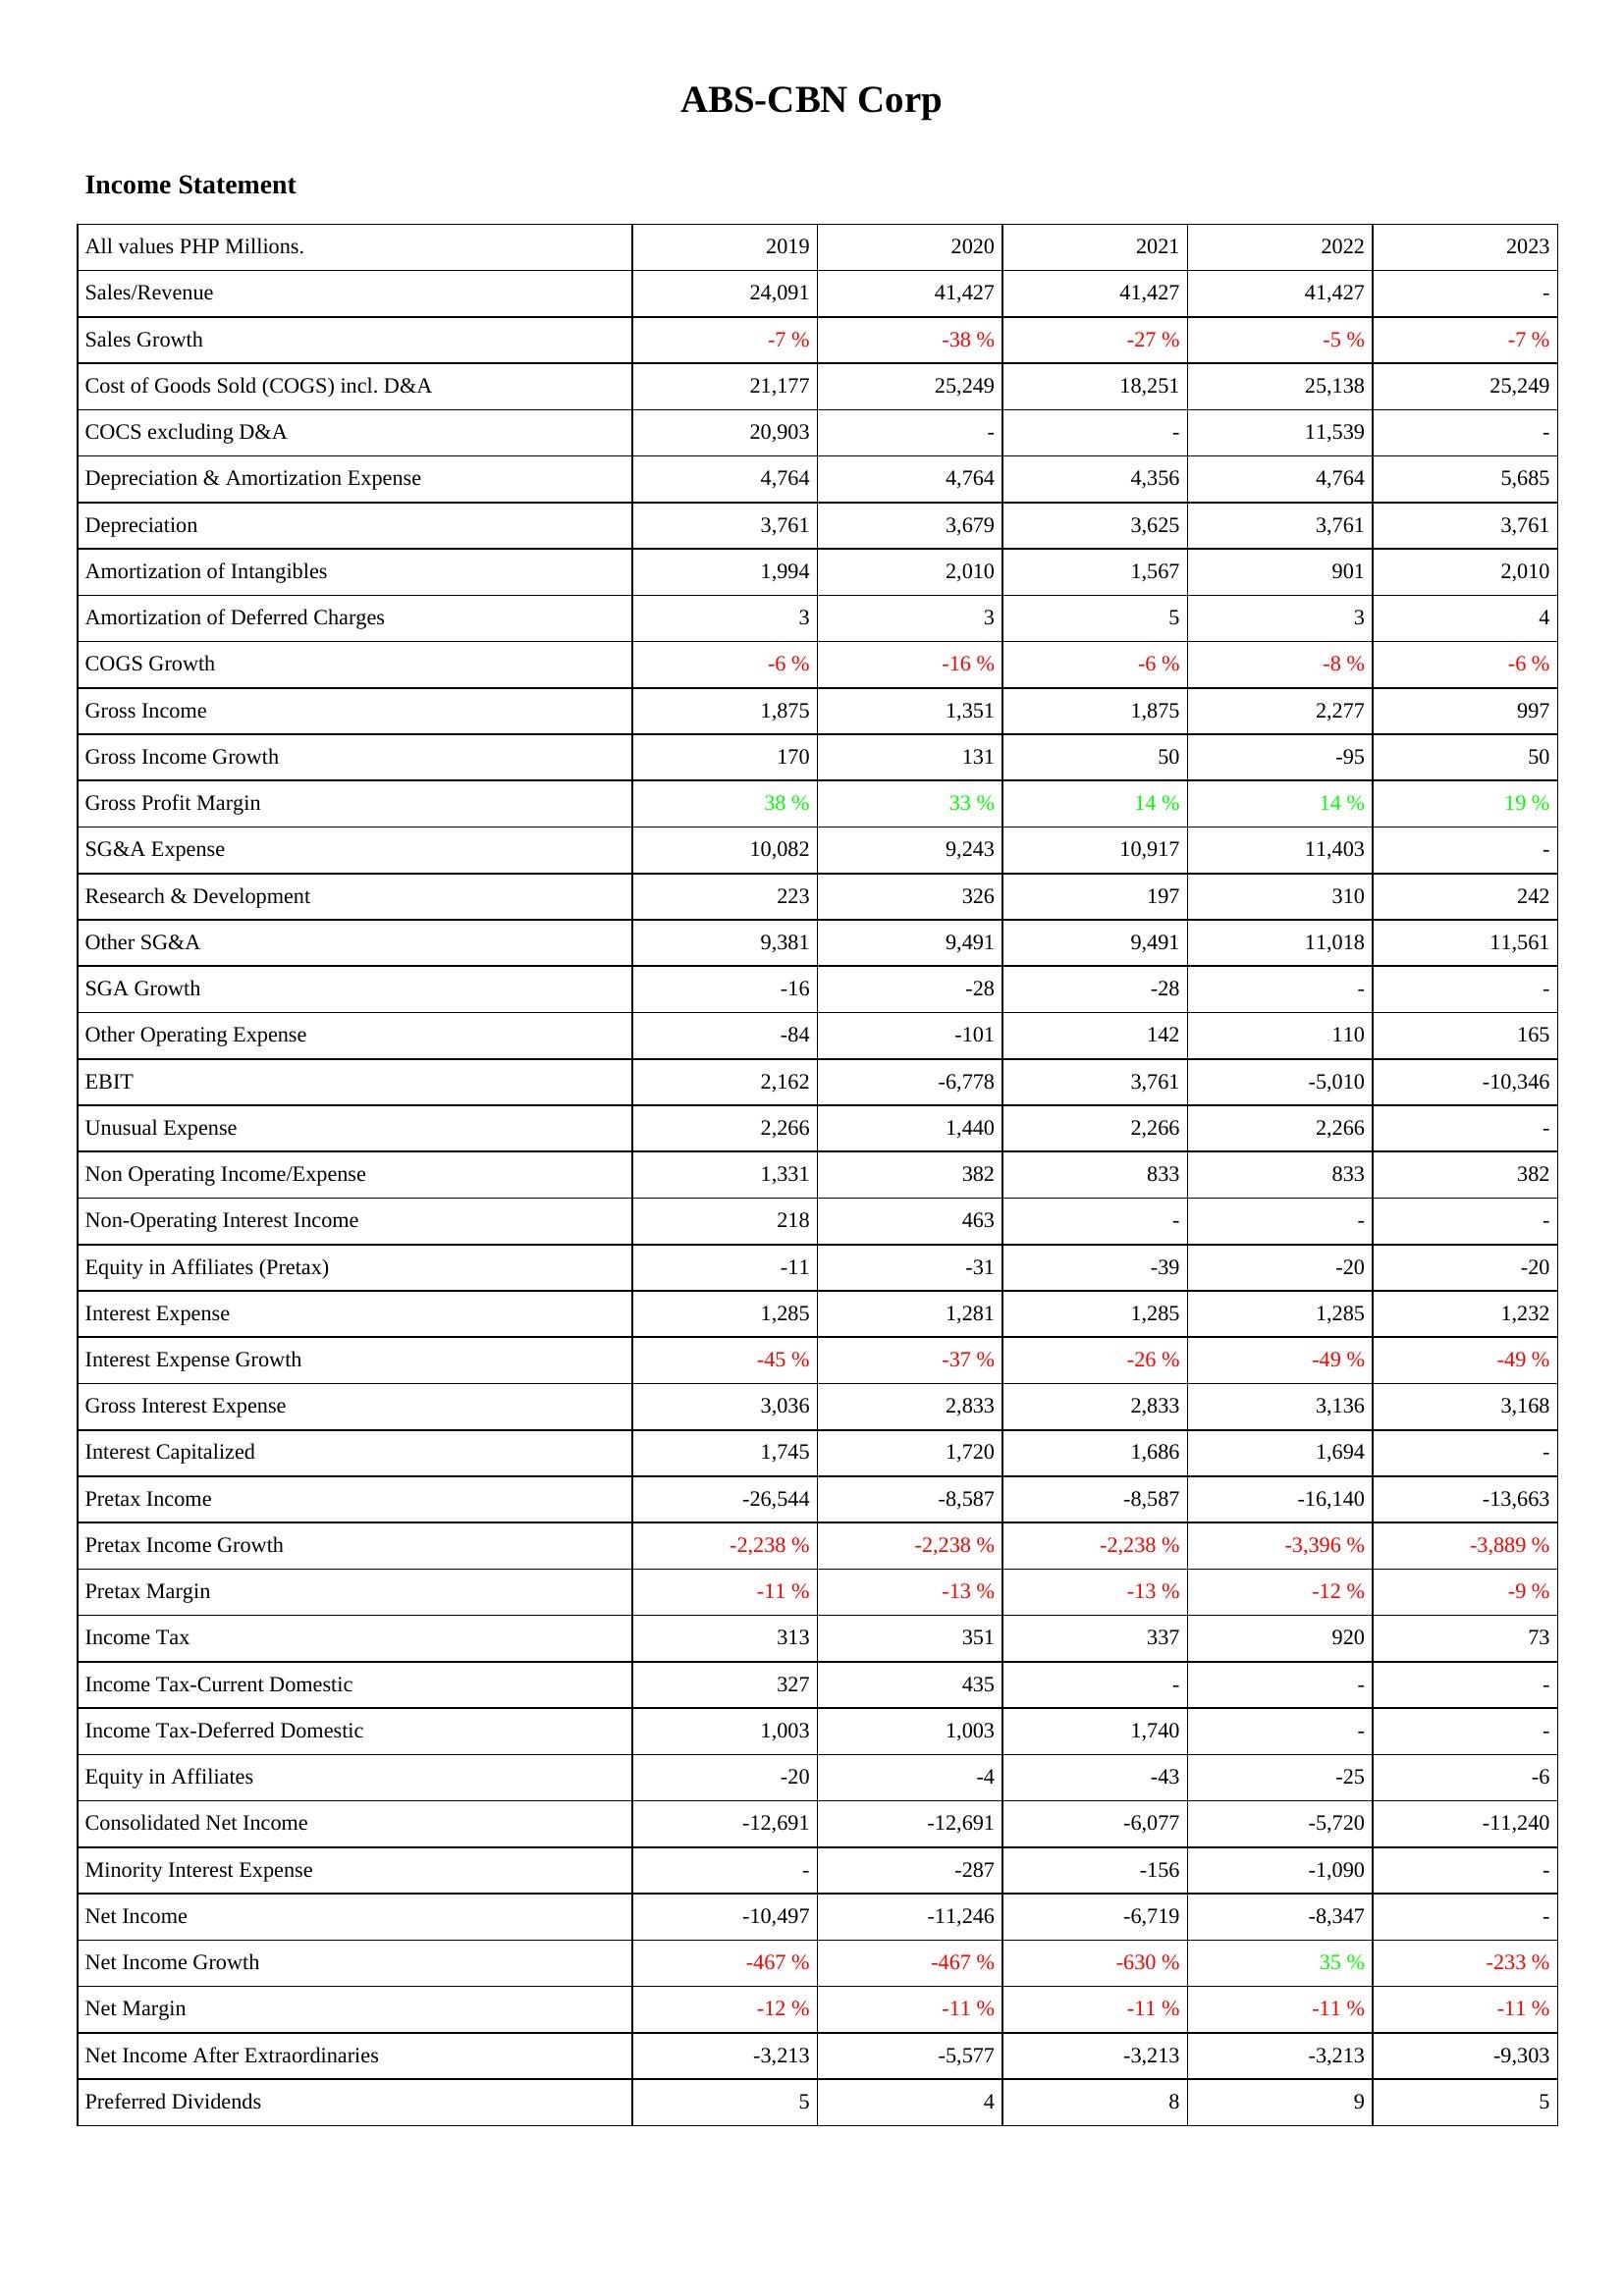
2019: Income Statement: Sales/Revenue: 24,091
Sales Growth: -7 %
Cost of Goods Sold (COGS) incl. D&A: 21,177
COCS excluding D&A: 20,903
Depreciation & Amortization Expense: 4,764
Depreciation: 3,761
Amortization of Intangibles: 1,994
Amortization of Deferred Charges: 3
COGS Growth: -6 %
Gross Income: 1,875
Gross Income Growth: 170
Gross Profit Margin: 38 %
SG&A Expense: 10,082
Research & Development: 223
Other SG&A: 9,381
SGA Growth: -16
Other Operating Expense: -84
EBIT: 2,162
Unusual Expense: 2,266
Non Operating Income/Expense: 1,331
Non-Operating Interest Income: 218
Equity in Affiliates (Pretax): -11
Interest Expense: 1,285
Interest Expense Growth: -45 %
Gross Interest Expense: 3,036
Interest Capitalized: 1,745
Pretax Income: -26,544
Pretax Income Growth: -2,238 %
Pretax Margin: -11 %
Income Tax: 313
Income Tax-Current Domestic: 327
Income Tax-Deferred Domestic: 1,003
Equity in Affiliates: -20
Consolidated Net Income: -12,691
Minority Interest Expense: -
Net Income: -10,497
Net Income Growth: -467 %
Net Margin: -12 %
Net Income After Extraordinaries: -3,213
Preferred Dividends: 5
2020: Income Statement: Sales/Revenue: 41,427
Sales Growth: -38 %
Cost of Goods Sold (COGS) incl. D&A: 25,249
COCS excluding D&A: -
Depreciation & Amortization Expense: 4,764
Depreciation: 3,679
Amortization of Intangibles: 2,010
Amortization of Deferred Charges: 3
COGS Growth: -16 %
Gross Income: 1,351
Gross Income Growth: 131
Gross Profit Margin: 33 %
SG&A Expense: 9,243
Research & Development: 326
Other SG&A: 9,491
SGA Growth: -28
Other Operating Expense: -101
EBIT: -6,778
Unusual Expense: 1,440
Non Operating Income/Expense: 382
Non-Operating Interest Income: 463
Equity in Affiliates (Pretax): -31
Interest Expense: 1,281
Interest Expense Growth: -37 %
Gross Interest Expense: 2,833
Interest Capitalized: 1,720
Pretax Income: -8,587
Pretax Income Growth: -2,238 %
Pretax Margin: -13 %
Income Tax: 351
Income Tax-Current Domestic: 435
Income Tax-Deferred Domestic: 1,003
Equity in Affiliates: -4
Consolidated Net Income: -12,691
Minority Interest Expense: -287
Net Income: -11,246
Net Income Growth: -467 %
Net Margin: -11 %
Net Income After Extraordinaries: -5,577
Preferred Dividends: 4
2021: Income Statement: Sales/Revenue: 41,427
Sales Growth: -27 %
Cost of Goods Sold (COGS) incl. D&A: 18,251
COCS excluding D&A: -
Depreciation & Amortization Expense: 4,356
Depreciation: 3,625
Amortization of Intangibles: 1,567
Amortization of Deferred Charges: 5
COGS Growth: -6 %
Gross Income: 1,875
Gross Income Growth: 50
Gross Profit Margin: 14 %
SG&A Expense: 10,917
Research & Development: 197
Other SG&A: 9,491
SGA Growth: -28
Other Operating Expense: 142
EBIT: 3,761
Unusual Expense: 2,266
Non Operating Income/Expense: 833
Non-Operating Interest Income: -
Equity in Affiliates (Pretax): -39
Interest Expense: 1,285
Interest Expense Growth: -26 %
Gross Interest Expense: 2,833
Interest Capitalized: 1,686
Pretax Income: -8,587
Pretax Income Growth: -2,238 %
Pretax Margin: -13 %
Income Tax: 337
Income Tax-Current Domestic: -
Income Tax-Deferred Domestic: 1,740
Equity in Affiliates: -43
Consolidated Net Income: -6,077
Minority Interest Expense: -156
Net Income: -6,719
Net Income Growth: -630 %
Net Margin: -11 %
Net Income After Extraordinaries: -3,213
Preferred Dividends: 8
2022: Income Statement: Sales/Revenue: 41,427
Sales Growth: -5 %
Cost of Goods Sold (COGS) incl. D&A: 25,138
COCS excluding D&A: 11,539
Depreciation & Amortization Expense: 4,764
Depreciation: 3,761
Amortization of Intangibles: 901
Amortization of Deferred Charges: 3
COGS Growth: -8 %
Gross Income: 2,277
Gross Income Growth: -95
Gross Profit Margin: 14 %
SG&A Expense: 11,403
Research & Development: 310
Other SG&A: 11,018
SGA Growth: -
Other Operating Expense: 110
EBIT: -5,010
Unusual Expense: 2,266
Non Operating Income/Expense: 833
Non-Operating Interest Income: -
Equity in Affiliates (Pretax): -20
Interest Expense: 1,285
Interest Expense Growth: -49 %
Gross Interest Expense: 3,136
Interest Capitalized: 1,694
Pretax Income: -16,140
Pretax Income Growth: -3,396 %
Pretax Margin: -12 %
Income Tax: 920
Income Tax-Current Domestic: -
Income Tax-Deferred Domestic: -
Equity in Affiliates: -25
Consolidated Net Income: -5,720
Minority Interest Expense: -1,090
Net Income: -8,347
Net Income Growth: 35 %
Net Margin: -11 %
Net Income After Extraordinaries: -3,213
Preferred Dividends: 9
2023: Income Statement: Sales/Revenue: -
Sales Growth: -7 %
Cost of Goods Sold (COGS) incl. D&A: 25,249
COCS excluding D&A: -
Depreciation & Amortization Expense: 5,685
Depreciation: 3,761
Amortization of Intangibles: 2,010
Amortization of Deferred Charges: 4
COGS Growth: -6 %
Gross Income: 997
Gross Income Growth: 50
Gross Profit Margin: 19 %
SG&A Expense: -
Research & Development: 242
Other SG&A: 11,561
SGA Growth: -
Other Operating Expense: 165
EBIT: -10,346
Unusual Expense: -
Non Operating Income/Expense: 382
Non-Operating Interest Income: -
Equity in Affiliates (Pretax): -20
Interest Expense: 1,232
Interest Expense Growth: -49 %
Gross Interest Expense: 3,168
Interest Capitalized: -
Pretax Income: -13,663
Pretax Income Growth: -3,889 %
Pretax Margin: -9 %
Income Tax: 73
Income Tax-Current Domestic: -
Income Tax-Deferred Domestic: -
Equity in Affiliates: -6
Consolidated Net Income: -11,240
Minority Interest Expense: -
Net Income: -
Net Income Growth: -233 %
Net Margin: -11 %
Net Income After Extraordinaries: -9,303
Preferred Dividends: 5